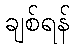
ချစ်ရန်